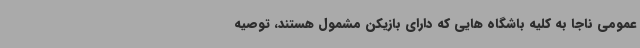
عمومی ناجا به کلیه باشگاه هایی که دارای بازیکن مشمول هستند، توصیه